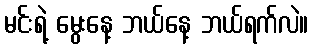
မင်းရဲ့ မွေးနေ့ ဘယ်နေ့ ဘယ်ရက်လဲ။